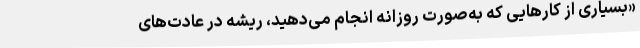
«بسیاری از کارهایی که به‌صورت روزانه انجام می‌دهید، ریشه در عادت‌های